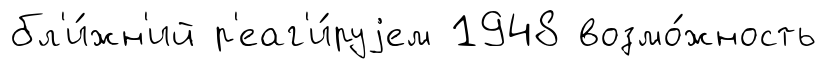
бл'и́жн'ий р'еаг'и́руjем 1948 возмо́жность